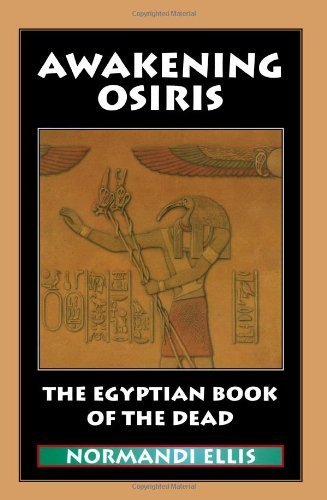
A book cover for Awakening Osiris: The Egyptian Book of the Dead by Ellis, Normandi (2009) Paperback; Normandi Ellis; Religion & Spirituality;